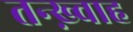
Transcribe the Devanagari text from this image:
तन्ख़्वाह